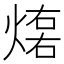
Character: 𤌕